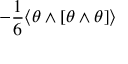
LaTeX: - \frac 1 6 \langle \theta \wedge [ \theta \wedge \theta ] \rangle